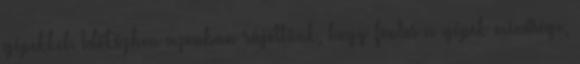
gépekkel. Időközben azonban rájöttünk, hogy fontos a gépek minősége,